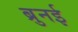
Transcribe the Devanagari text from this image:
ब्रुनई